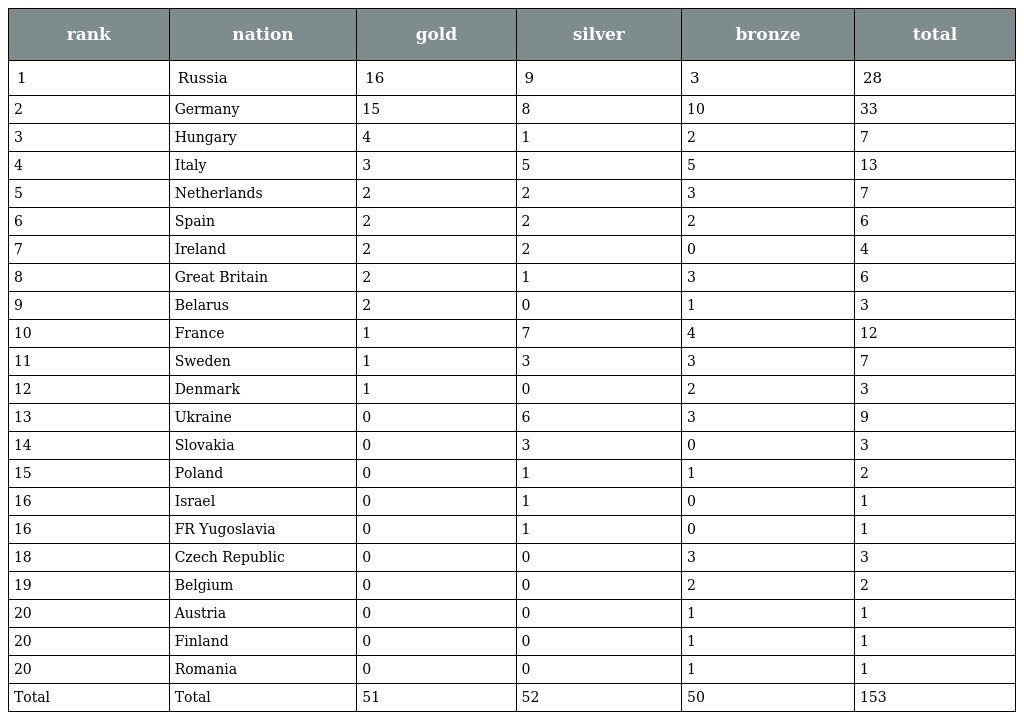
| rank | nation | gold | silver | bronze | total |
 | --- | --- | --- | --- | --- | --- |
 | 1 | Russia | 16 | 9 | 3 | 28 |
 | 2 | Germany | 15 | 8 | 10 | 33 |
 | 3 | Hungary | 4 | 1 | 2 | 7 |
 | 4 | Italy | 3 | 5 | 5 | 13 |
 | 5 | Netherlands | 2 | 2 | 3 | 7 |
 | 6 | Spain | 2 | 2 | 2 | 6 |
 | 7 | Ireland | 2 | 2 | 0 | 4 |
 | 8 | Great Britain | 2 | 1 | 3 | 6 |
 | 9 | Belarus | 2 | 0 | 1 | 3 |
 | 10 | France | 1 | 7 | 4 | 12 |
 | 11 | Sweden | 1 | 3 | 3 | 7 |
 | 12 | Denmark | 1 | 0 | 2 | 3 |
 | 13 | Ukraine | 0 | 6 | 3 | 9 |
 | 14 | Slovakia | 0 | 3 | 0 | 3 |
 | 15 | Poland | 0 | 1 | 1 | 2 |
 | 16 | Israel | 0 | 1 | 0 | 1 |
 | 16 | FR Yugoslavia | 0 | 1 | 0 | 1 |
 | 18 | Czech Republic | 0 | 0 | 3 | 3 |
 | 19 | Belgium | 0 | 0 | 2 | 2 |
 | 20 | Austria | 0 | 0 | 1 | 1 |
 | 20 | Finland | 0 | 0 | 1 | 1 |
 | 20 | Romania | 0 | 0 | 1 | 1 |
 | Total | Total | 51 | 52 | 50 | 153 |